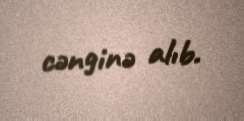
cənginə alıb.